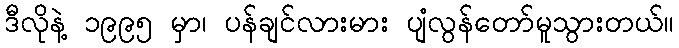
ဒီလိုနဲ့ ၁၉၉၅ မှာ၊ ပန်ချင်လားမား ပျံလွန်တော်မူသွားတယ်။